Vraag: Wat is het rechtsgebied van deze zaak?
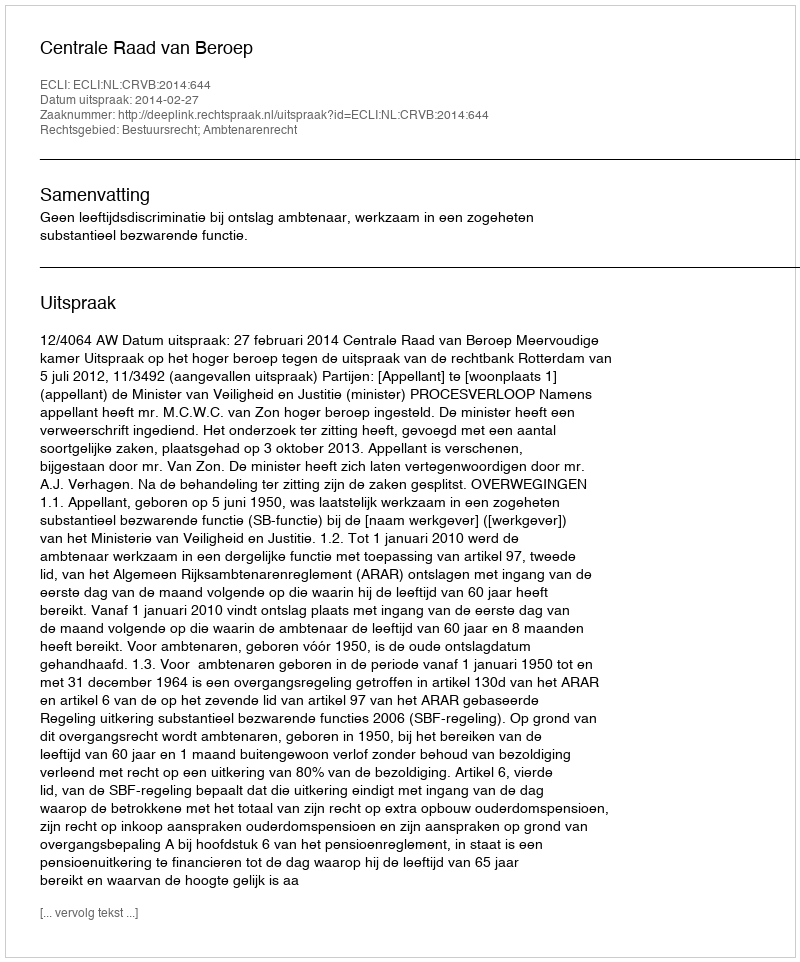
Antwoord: Bestuursrecht; Ambtenarenrecht